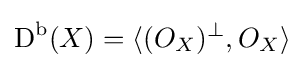
{\text{D}}^{\text{b}}(X)=\langle (O_{X})^{\perp },O_{X}\rangle